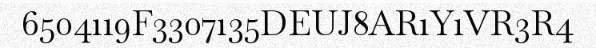
6504119F3307135DEUJ8AR1Y1VR3R4